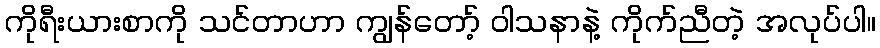
ကိုရီးယားစာကို သင်တာဟာ ကျွန်တော့် ဝါသနာနဲ့ ကိုက်ညီတဲ့ အလုပ်ပါ။